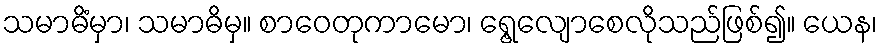
သမာဓိံမှာ၊ သမာဓိမှ။ စာဝေတုကာမော၊ ရွေ့လျောစေလိုသည်ဖြစ်၍။ ယေန၊